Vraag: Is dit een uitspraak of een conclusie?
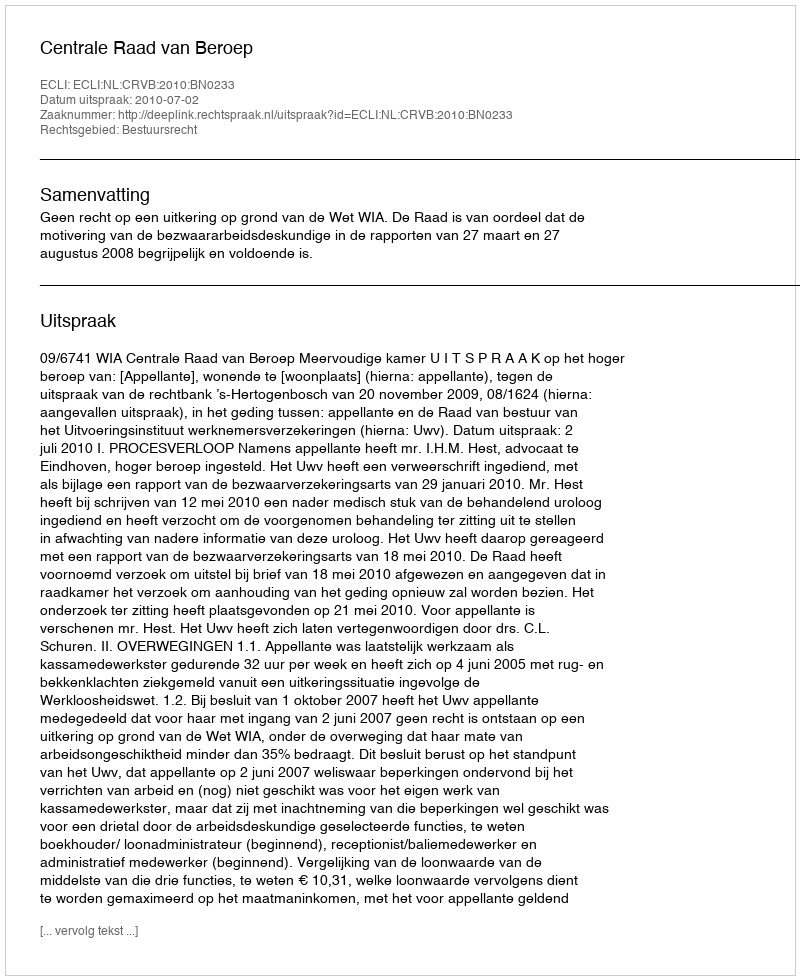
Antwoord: Uitspraak